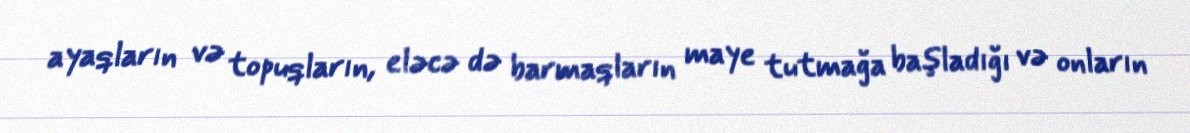
ayaqların və topuqların, eləcə də barmaqların maye tutmağa başladığı və onların